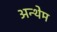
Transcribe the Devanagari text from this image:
अन्थेम